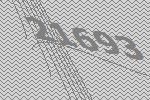
21693